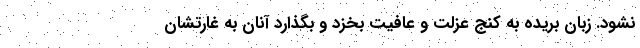
نشود. زبان بریده به کنج عزلت و عافیت بخزد و بگذارد آنان به غارتشان